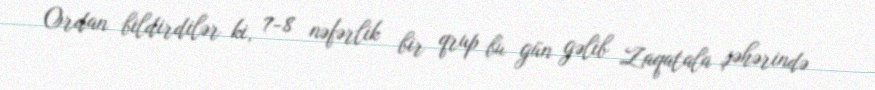
Ordan bildirdilər ki, 7-8 nəfərlik bir qrup bu gün gəlib Zaqatala şəhərində